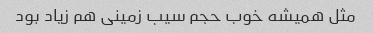
مثل همیشه خوب حجم سیب زمینی هم زیاد بود